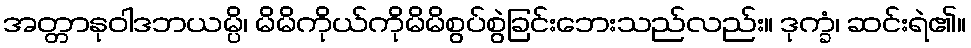
အတ္တာနုဝါဒဘယမ္ပိ၊ မိမိကိုယ်ကိုမိမိစွပ်စွဲခြင်းဘေးသည်လည်း။ ဒုက္ခံ၊ ဆင်းရဲ၏။